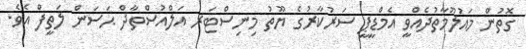
ގޮތުން މައުލޫމާތުދެއްވީ އެމްޑީޕީ ސަރުކާރުގެ ޔޫތު މިނިސްޓަރ އަލްއުސްތާޛް ޙަސަން ލަތީފް އެވެ.